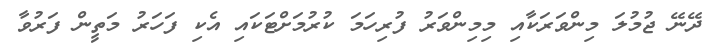
ދޭނޭ ޖުމުލަ މިންވަރަކާއި މިމިންވަރު ފުރިހަމަ ކުރުމަށްޓަކައި އެކި ފަހަރު މަތީން ފަރުވާ